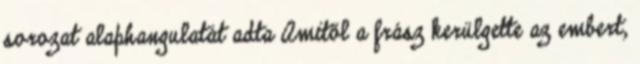
sorozat alaphangulatát adta Amitől a frász kerülgette az embert,